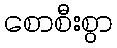
စောစီးစွာ